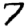
Digit: 7